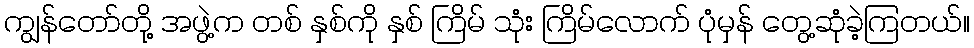
ကျွန်တော်တို့ အဖွဲ့က တစ် နှစ်ကို နှစ် ကြိမ် သုံး ကြိမ်လောက် ပုံမှန် တွေ့ဆုံခဲ့ကြတယ်။